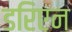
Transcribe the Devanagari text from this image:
डरिएन